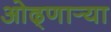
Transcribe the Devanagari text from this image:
ओढ्णार्‍या